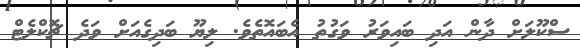
ސްކޫލަށް ދާން އަދި ބައިވަރު ވަގުތު އެބައޮތެވެ. ލިޔޫ ބަދިގެއަށް ވަދެ ޗޮކްލެޓް